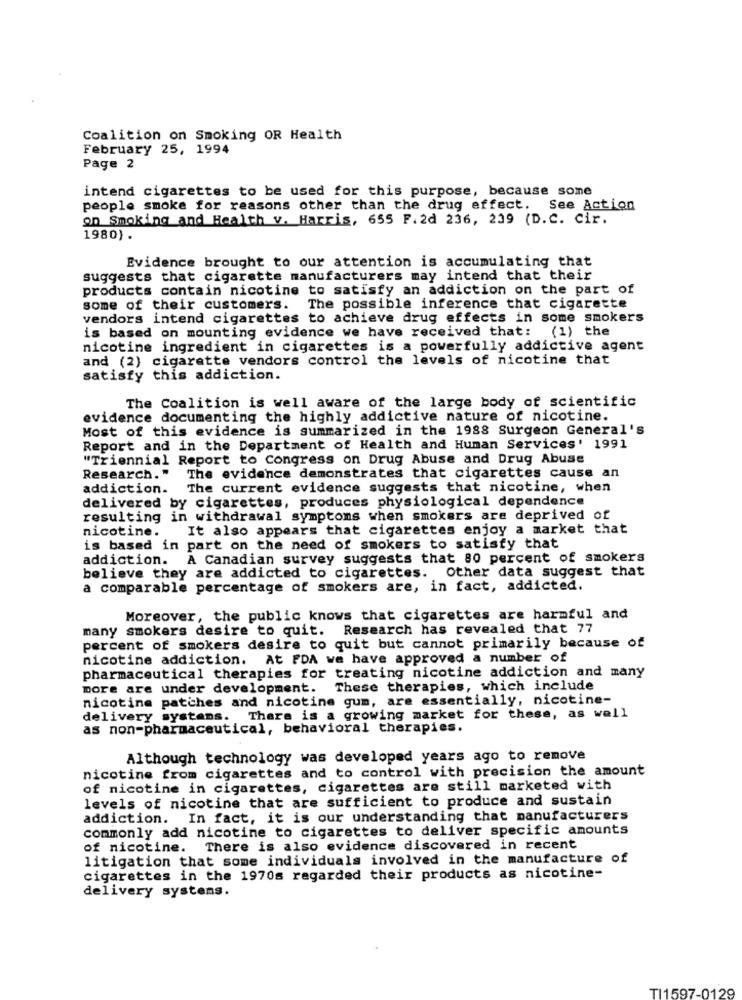
Coalition on Smoking OR Health
February 25, 1994
Page 2
intend cigarettes to be used for this purpose, because some
people smoke for reasons other than the drug effect. See Action
on Smoking and Health v. Harris, 655 F. 2d 236, 239 (D.C. Cir.
1980).
Evidence brought to our attention is accumulating that
suggests that cigarette manufacturers may intend that their
products contain nicotine to satisfy an addiction on the part of
some of their customers. The possible inference that cigarette
vendors intend cigarettes to achieve drug effects in some smokers
is based on mounting evidence we have received that: (1) the
nicotine ingredient in cigarettes is a powerfully addictive agent
and (2) cigarette vendors control the levels of nicotine that
satisfy this addiction.
The Coalition is well aware of the large body of scientific
evidence documenting the highly addictive nature of nicotine.
Most of this evidence is summarized in the 1988 Surgeon General's
Report and in the Department of Health and Human Services' 1991
"Triennial Report to Congress on Drug Abuse and Drug Abuse
Research."
The evidence demonstrates that cigarettes cause an
addiction.
The current evidence suggests that nicotine, when
delivered by cigarettes, produces physiological dependence
resulting in withdrawal symptoms when smokers are deprived of
nicotine.
It also appears that cigarettes enjoy a market that
is based in part on the need of smokers to satisfy that
addiction. A Canadian survey suggests that 80 percent of smokers
believe they are addicted to cigarettes. Other data suggest that
a comparable percentage of smokers are, in fact, addicted.
Moreover, the public knows that cigarettes are harmful and
many smokers desire to quit. Research has revealed that 77
percent of smokers desire to quit but cannot primarily because of
nicotine addiction. At FDA we have approved a number of
pharmaceutical therapies for treating nicotine addiction and many
more are under development.
These therapies, which include
nicotine patches and nicotine gum, are essentially, nicotine-
delivery systems.
There is a growing market for these, as well
as non-pharmaceutical, behavioral therapies.
Although technology was developed years ago to remove
nicotine from cigarettes and to control with precision the amount
of nicotine in cigarettes, cigarettes are still marketed with
levels of nicotine that are sufficient to produce and sustain
addiction. In fact, it is our understanding that manufacturers
commonly add nicotine to cigarettes to deliver specific amounts
of nicotine. There is also evidence discovered in recent
litigation that some individuals involved in the manufacture of
cigarettes in the 1970s regarded their products as nicotine-
delivery systems.
TI1597-0129